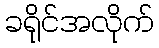
ခရိုင်အလိုက်